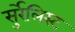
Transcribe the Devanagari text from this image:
सुर्रेलिस्ट